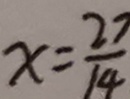
x = \frac { 2 7 } { 1 4 }